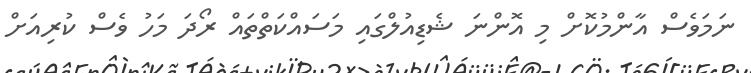
ނަމަވެސް އާންމުކޮށް މި އޮންނަ ޝެޑިއުލްގައި މަސައްކަތްތައް ރޯދަ މަހު ވެސް ކުރިއަށް